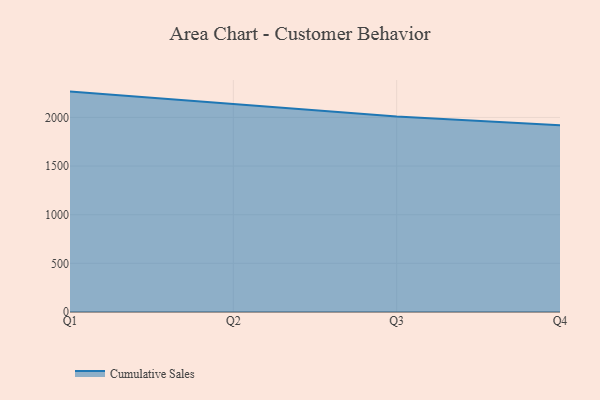
{"axis": {"x": "Quarter", "y": "Backlog"}, "legend": ["Cumulative Sales"], "data": [{"x": "Q1", "y": 2265.3, "type": "Cumulative Sales"}, {"x": "Q2", "y": 2133.6, "type": "Cumulative Sales"}, {"x": "Q3", "y": 2008.7, "type": "Cumulative Sales"}, {"x": "Q4", "y": 1920.7, "type": "Cumulative Sales"}]}